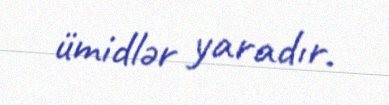
ümidlər yaradır.